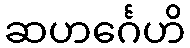
ဆဟင်္ဂေဟိ